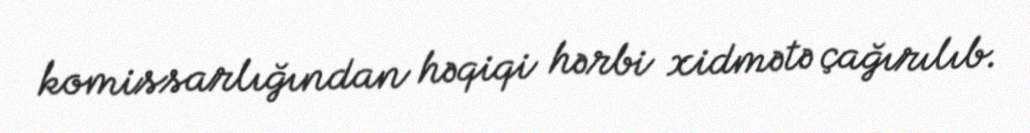
komissarlığından həqiqi hərbi xidmətə çağırılıb.